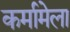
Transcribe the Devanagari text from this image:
कर्मामेला